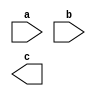
module module_with_wires
(
	// input ports
	input a,
	input b,
	// output ports
	output c
);
// module content
wire wire0 = 1'b0;
wire wire1 = 1'b1;
wire [7:0] fixed0 = 8'hff;
wire [1:0] bus0;
wire [1:0] bus1;

assign bus0 = {wire0, wire1};
assign bus1 = fixed0[4:3];

endmodule